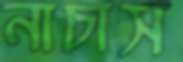
নাচাস